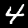
Label: 4